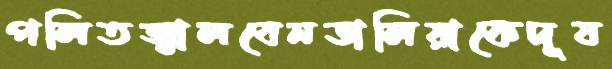
পলিতজ্বালবেনডালিয়াকেদূষ